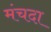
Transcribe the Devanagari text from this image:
मंचदा